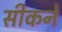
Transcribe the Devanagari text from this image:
सीकने